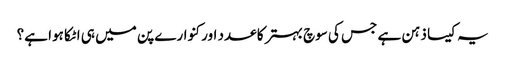
یہ کیسا ذہن ہے جس کی سوچ بہتر کا عدد اور کنوارے پن میں ہی اٹکا ہوا ہے؟